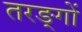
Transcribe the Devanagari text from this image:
तरङ्गों